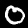
Digit: 0